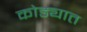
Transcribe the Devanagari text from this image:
कोड्यात